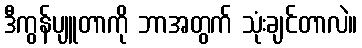
ဒီကွန်ပျူတာကို ဘာအတွက် သုံးချင်တာလဲ။